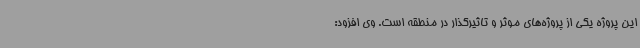
این پروژه یکی از پروژه‌های موثر و تاثیرگذار در منطقه است. وی افزود: